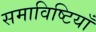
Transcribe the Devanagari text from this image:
समाविष्टियाँ